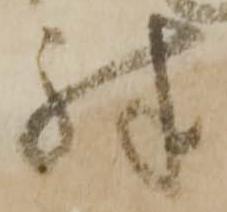
殊